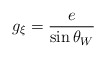
\begin{align*}g_\xi = {e \over \sin \theta_W }\end{align*}